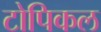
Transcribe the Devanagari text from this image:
टोपिकल